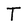
Character: T